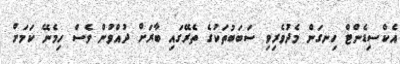
އެކްސިޑެންޓް ހިނގަން މެދުވެރިވި ސަބަބުތަކުގެ ތެރޭގައި ބާރަށް ދުއްވުން ވެސް ހިމެނޭ ކަމަށް